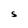
Character: S